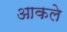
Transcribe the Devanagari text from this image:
आकले